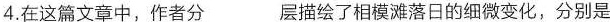
4.在这篇文章中，作者分___层描绘了相模避落日的细微变化，分别是